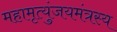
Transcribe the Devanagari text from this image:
महामृत्युंजयमंत्रस्य